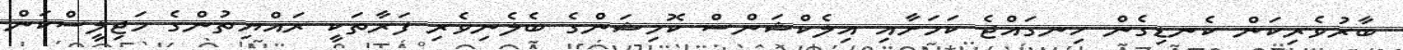
ބާރުވެރިކަން ކެނޑިގެން ހިނގައްޖެ ކަމަށާއި އިލެކްޝަންސް ކޮމިޝަންގެ ބެލެނިވެރި ފަރާތަކީ ރައްޔިތުންގެ މަޖިލީސްކަން